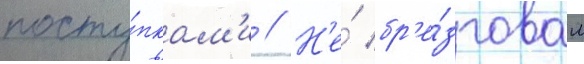
посту́пкам'и // Н'е́ бр'е́зговал